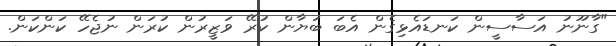
"ގާނޫނު އަސާސީން ކަނޑައެޅިގެން އެބަ ބަޔާން ކުރޭ ވަޒީރުން ކުރަން ނުޖެހޭ ކަންކަން.